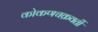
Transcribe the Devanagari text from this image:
कोकणचक्रवर्ती